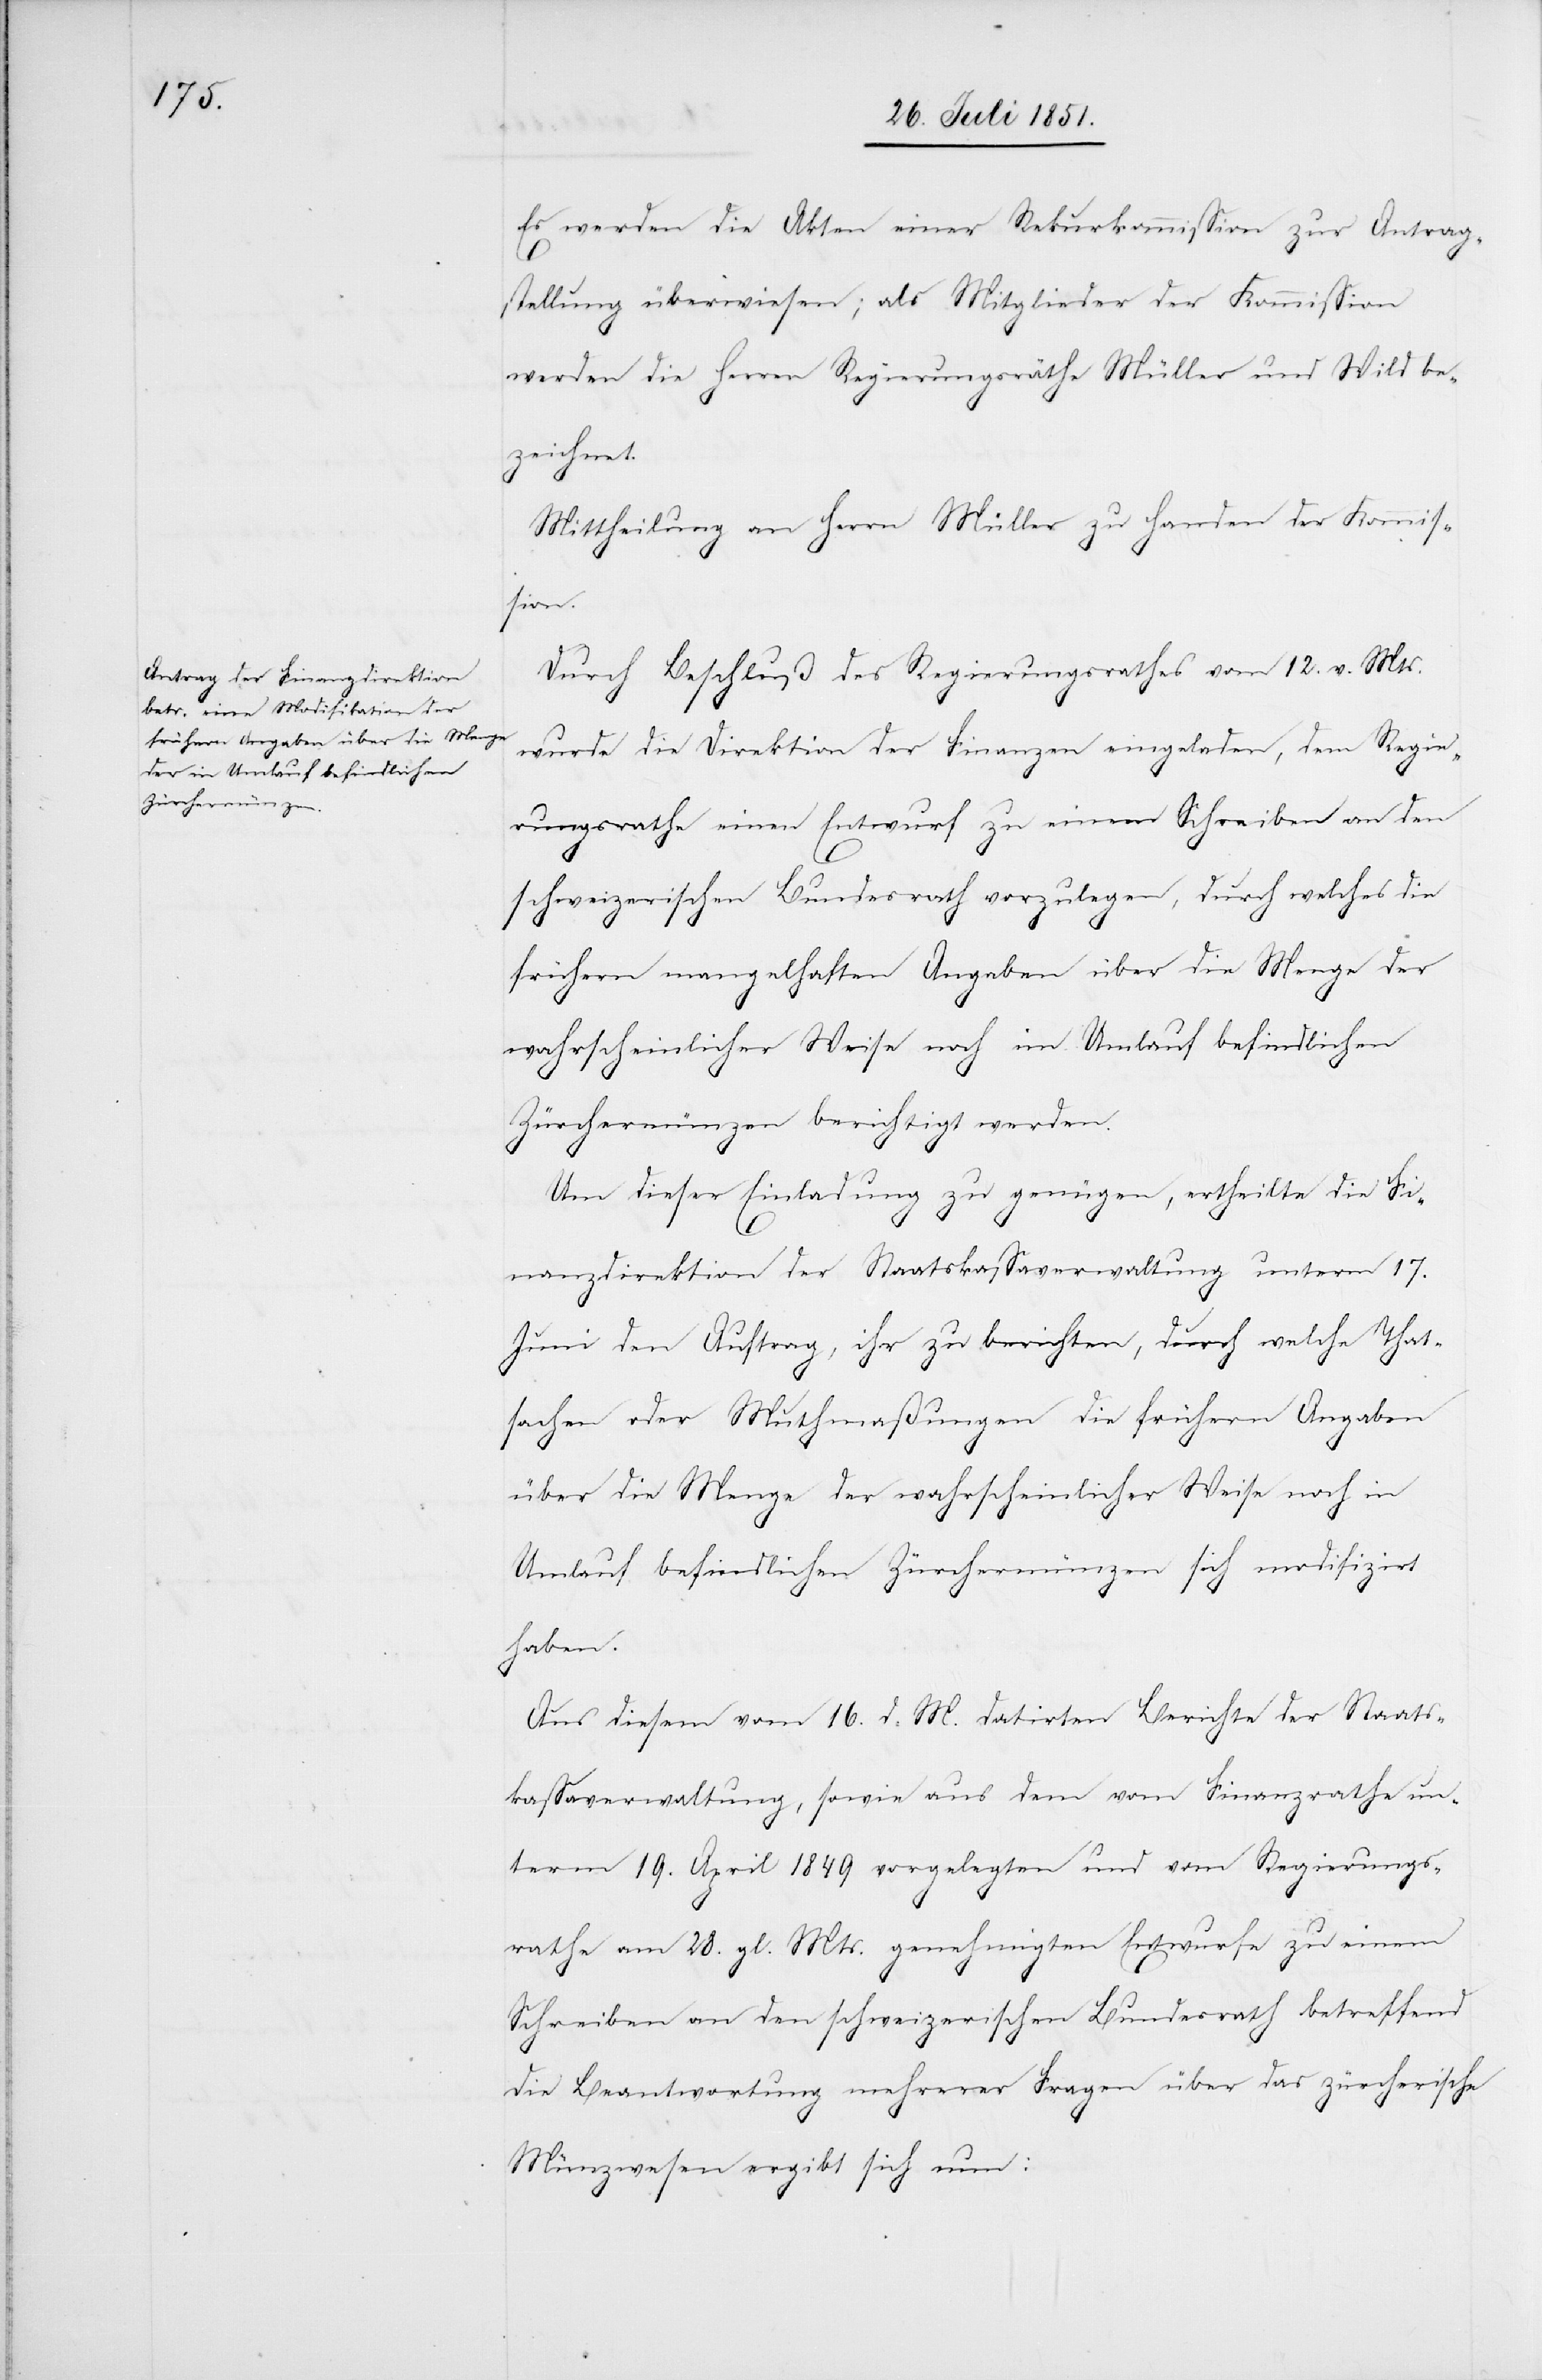
Es werden die Akten einer Rekurskommission zur Antrag¬
stellung überwiesen; als Mitglieder der Kommission
werden die Herren Regierungsräthe Müller und Wild be¬
zeichnet.
Mittheilung an Herrn Müller zu Handen der Kommis¬
sion.
Durch Beschluß des Regierungsrathes vom 12. v. Mts.
wurde die Direktion der Finanzen eingeladen, dem Regie¬
rungsrathe einen Entwurf zu einem Schreiben an den
schweizerischen Bundesrath vorzulegen, durch welches die
frühern mangelhaften Angaben über die Menge der
wahrscheinlicher Weise noch im Umlauf befindlichen
Zürchermünzen berichtigt werden.
Um dieser Einladung zu genügen, ertheilte die Fi¬
nanzdirektion der Staatskassaverwaltung unterm 17.
Juni den Auftrag, ihr zu berichten, durch welche That¬
sachen oder Muthmaßungen die frühern Angaben
über die Menge der wahrscheinlicher Weise noch in
Umlauf befindlichen Zürchermünzen sich modifizirt
haben.
Aus diesem vom 16. d. M. datirten Berichte der Staats¬
kassaverwaltung, sowie aus dem vom Finanzrathe un¬
term 19. April 1849 vorgelegten und vom Regierungs¬
rathe am 28. gl. Mts. genehmigten Entwurfe zu einem
Schreiben an den schweizerischen Bundesrath betreffend
die Beantwortung mehrerer Fragen über das zürcherische
Münzwesen ergibt sich nun: